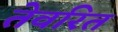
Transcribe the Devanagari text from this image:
तेवरित